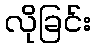
လိုခြင်း